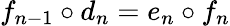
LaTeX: f_{n-1}\circ d_{n}=e_{n}\circ f_{n}